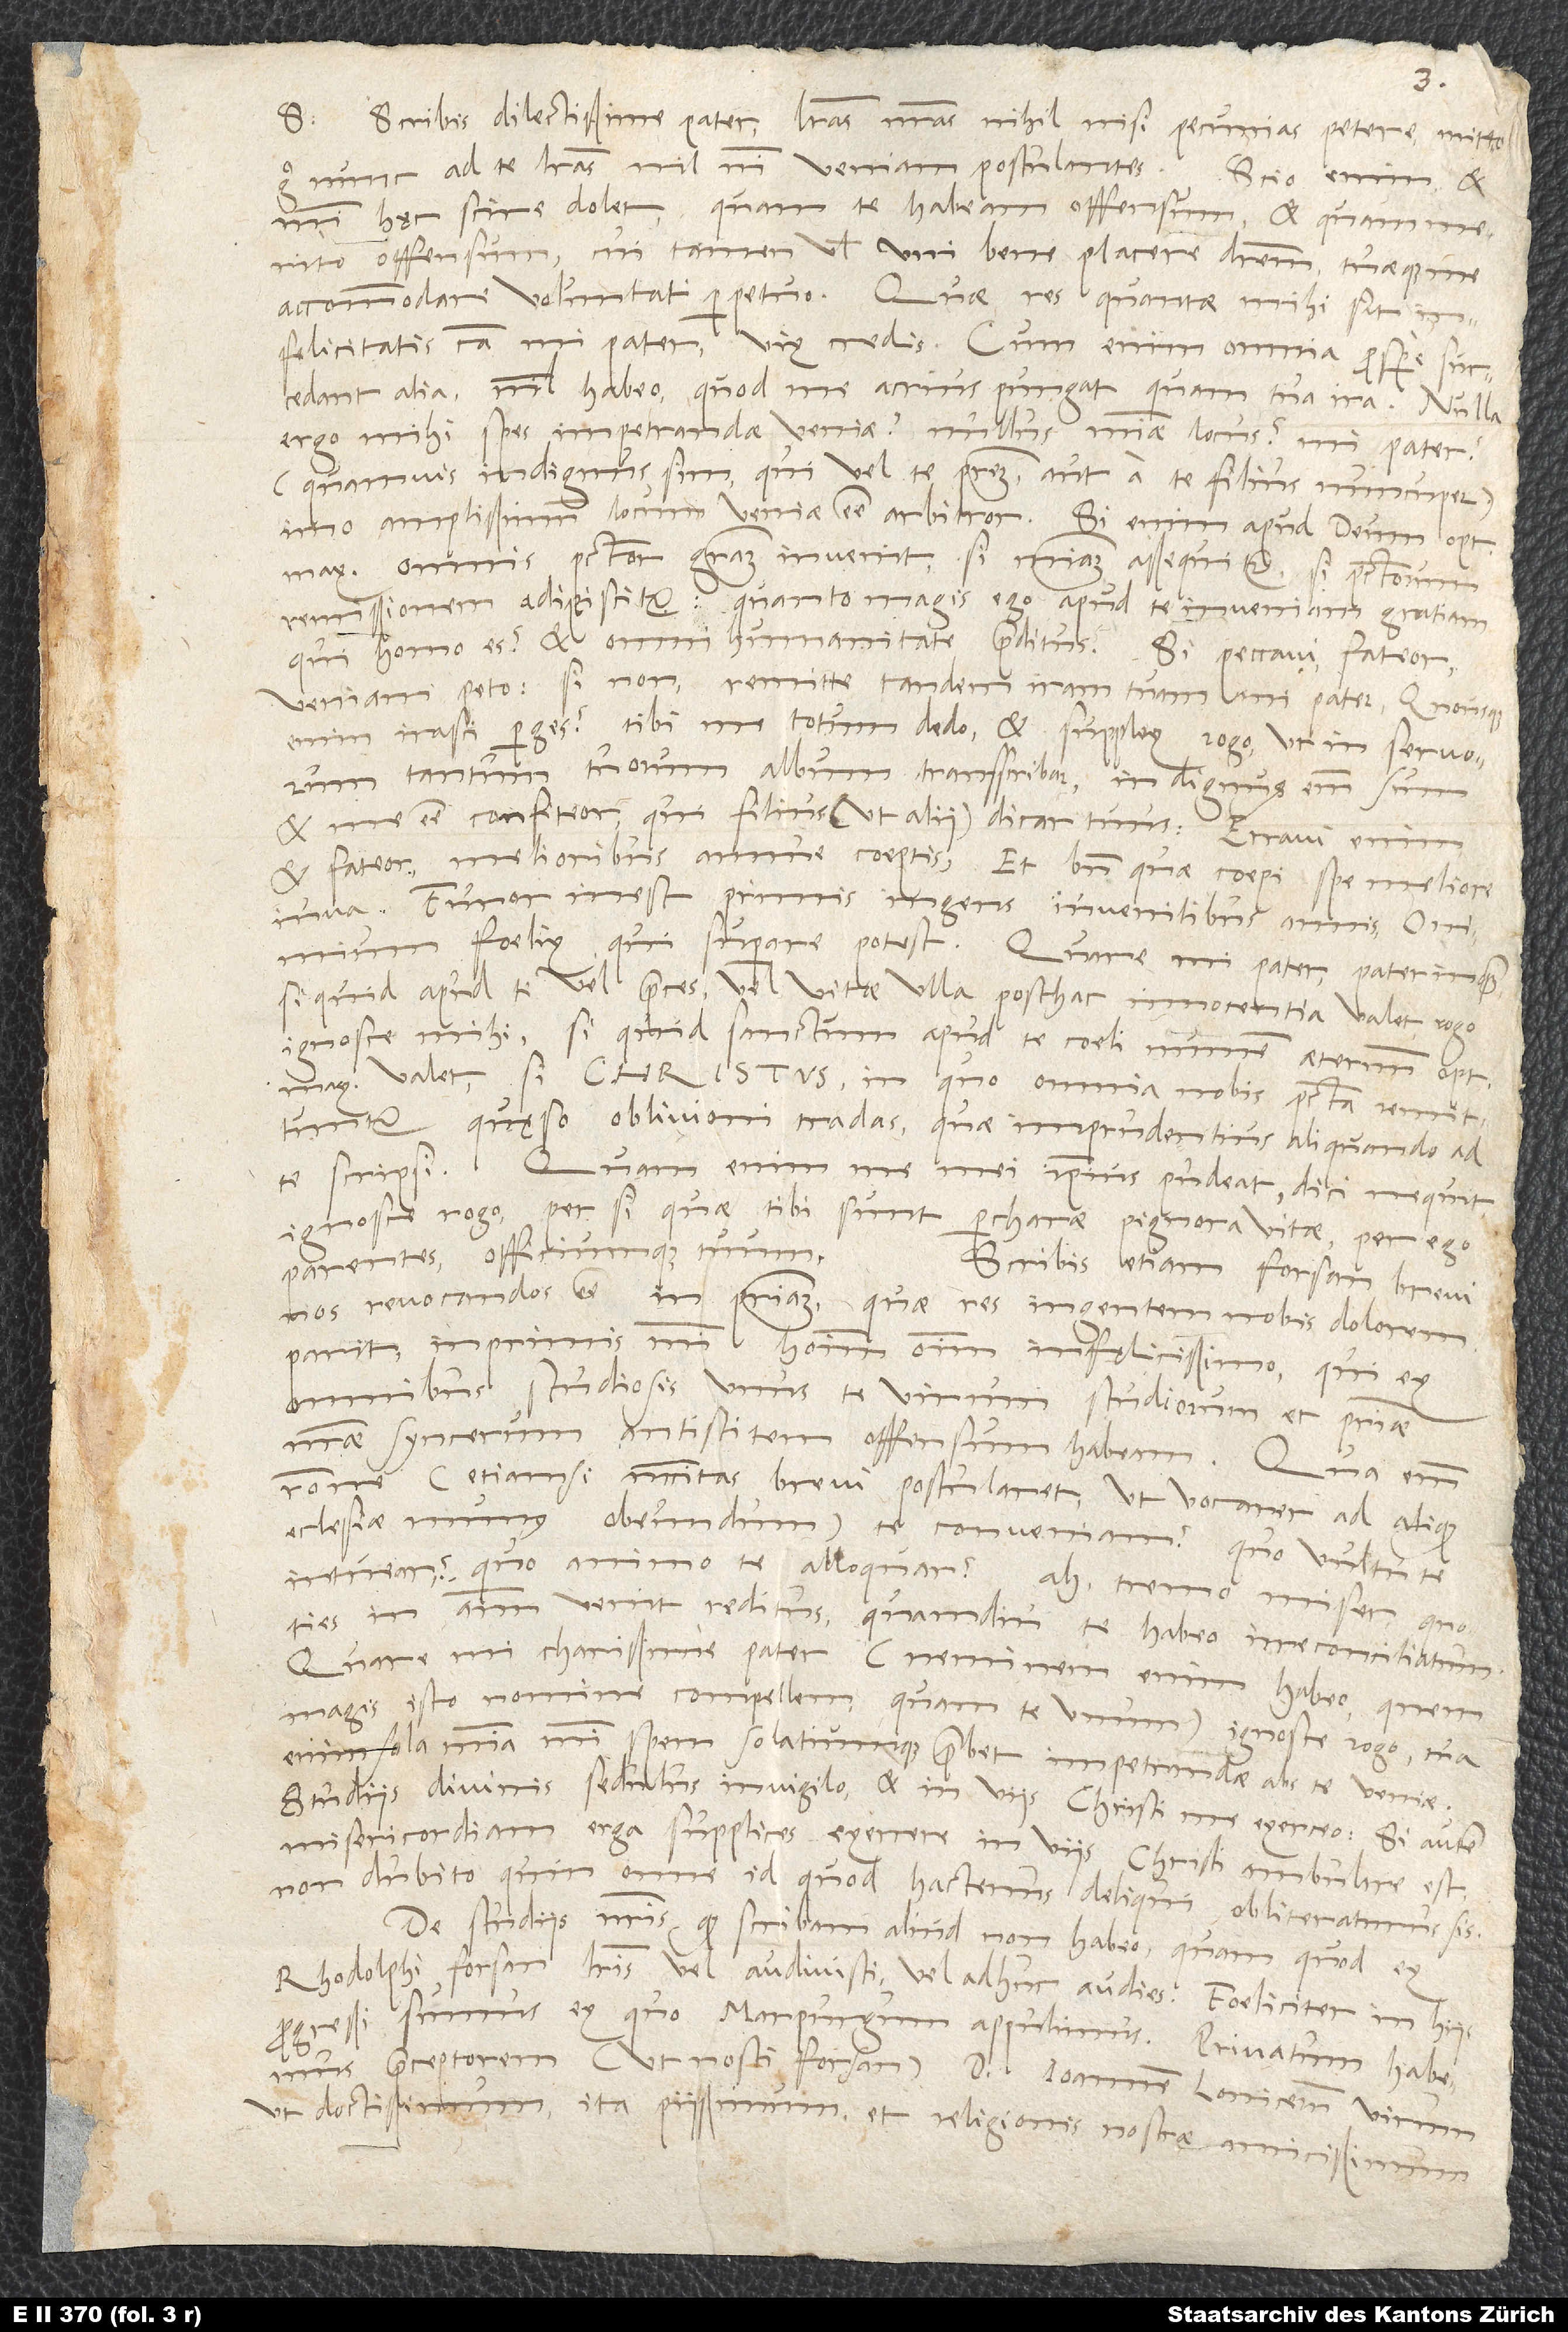
d.
S. Scribis, dilectissime pater, literas nostras nihil nisi pecunias petere; mitto
ergo nunc ad te literas nil nisi veniam postulantes. Scio enim et
mihi hęc scire dolet, quam te habeam offensum, et quam merito
offensum, cui tamen vel uni bene placere deberem tuaeque me
accommodare voluntati perpetuo. Quae res quantae mihi sit
infelicitatis causa, mi pater, vix credis. Cum enim omnia prospere succedant
alia, nihil habeo, quod me acrius pungat, quam tua ira. Nulla
ergo mihi spes impetrandae veniae? Nullus misericordiae locus? Mi pater
(quamvis indignus sim, qui vel te patrem aut a te filius nuncuper),
imo amplissimum locum veniae esse arbitror. Si enim apud deum optimum
maximum omnis peccator gratiam invenit, si misericordiam assequitur, si peccatorum
remissionem adipiscitur, quanto magis ego apud te inveniam gratiam,
qui homo es et omni humanitate praeditus? Si peccavi, fateor,
veniam peto; si non, remitte tandem iram tuam, mi pater. Quousque
enim irasci perges? Tibi me totum dedo et supplex rogo, ut in servorum
tantum tuorum album transscribar; indignus enim sum
et me esse confiteor, qui filius (ut alii) dicar tuus. Erravi enim
et fateor; melioribus annue coeptis et, bene quae coepi, spe meliore
iuva. Furor inest primis ingens iuvenilibus annis. O nimium
foelix, qui superare potest. Quare, mi pater, pater inquam,
si quid apud te vel preces vel vitae ulla posthac innocentia valet, rogo,
ignosce mihi, si quid sanctum apud te coeli numen aeternum optimum
valet, si Christus, in quo omnia nobis peccata remittuntur.
Quęso oblivioni tradas, quae imprudentius aliquando ad
te scripsi. Quam enim me mei ipsius pudeat, dici nequit;
ignosce, rogo, per si quae tibi sunt percharae pignora vitae, per ego
parentes officiumque tuum.
Scribis etiam forsan brevi
nos revocandos esse in patriam, quae res ingentem nobis dolorem
parit, inprimis mihi, homini omnium infęlicissimo, qui ex
omnibus studiosis unus te, virum studiorum et patriae
nostrae syncerum antistitem, offensum habeam. Qua enim
ratione (etiamsi necessitas brevi postularet, ut vocarer ad aliquod
ecclesiae munus obeundum) te conveniam? Quo vultu te
intuear? Quo animo te alloquar? Ah, tremo miser, quoties
in animum venit reditus, quamdiu te habeo irreconciliatum.
Quare, mi charissime pater (neminem enim habeo, quem
magis isto nomine compellem, quam te unum), ignosce, rogo; tua
enim sola misercordia mihi spem solatiumque praebet impetrandae abs te veniae.
Studiis divinis sedulus invigilo et in viis Christi me exerceo. Si autem
misericordiam erga supplices exercere in viis Christi ambulare est,
non dubito, quin omne id, quod hactenus deliqui, obliteraturus sis.
De studiis nostris, quod scribam, aliud non habeo, quam quod ex
Rhodolphi forsan literis vel audivisti vel adhuc audies. Foeliciter in hisce
progressi sumus, ex quo Marpurgum appulimus. Privatum habemus
praeceptorem (ut nosti forsan) d. Ioannem Lonicerum, virum
ut doctissimum ita piissimum et religionis nostrae amicissimum.